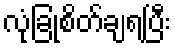
လုံခြုံစိတ်ချရပြီး